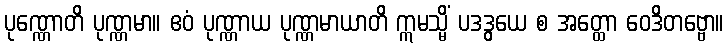
ပုဏ္ဏောတိ ပုဏ္ဏမာ။ ဧဝံ ပုဏ္ဏာယ ပုဏ္ဏမာယာတိ ဣမသ္မိံ ပဒဒွယေ စ အတ္ထော ဝေဒိတဗ္ဗော။